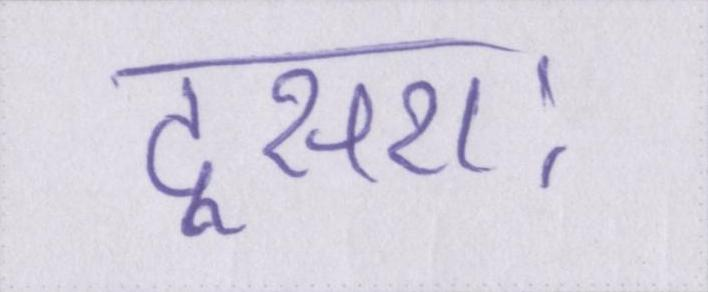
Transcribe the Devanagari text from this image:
दूसराः